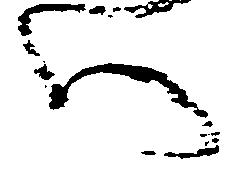
い